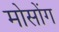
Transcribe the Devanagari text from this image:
मोसोंग